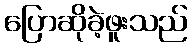
ပြောဆိုခဲ့ဖူးသည်